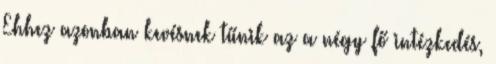
Ehhez azonban kevésnek tűnik az a négy fő intézkedés,